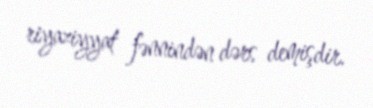
riyaziyyat fənnindən dərs demişdir.